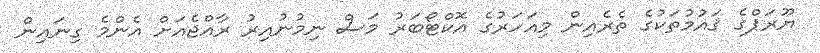
ޔޫރަޕްގެ ޤައުމުތަކުގެ ތެރެއިން މިއަހަރުގެ އޮކްޓޯބަރު މަސް ނިމުނުއިރު ރާއްޖެއަށް އެންމެ ގިނައިން